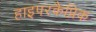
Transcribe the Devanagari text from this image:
हाइपरकैप्निक